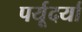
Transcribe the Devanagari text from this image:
पर्यूदर्या